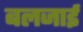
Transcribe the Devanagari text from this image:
बलजाई